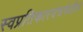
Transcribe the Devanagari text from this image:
स्वप्रतिकारयंत्रणेतील